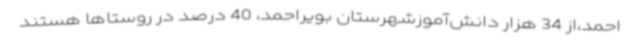
احمد،از 34 هزار دانش‌آموزشهرستان بویراحمد، 40 درصد در روستاها هستند